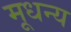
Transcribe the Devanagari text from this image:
मूधन्य